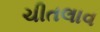
ચીતલાવ